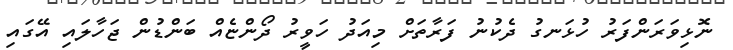
ނޮޅިވަރަންފަރު ހުޅަނގު ދެކުނު ފަރާތަށް މިއަދު ހަވީރު ދޯންޏެއް ބަންޑުން ޖަހާލައި އޭގައި